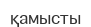
қамысты